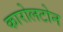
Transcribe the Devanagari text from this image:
कारोलटोन